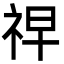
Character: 𮁲